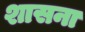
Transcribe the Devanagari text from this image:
शासना